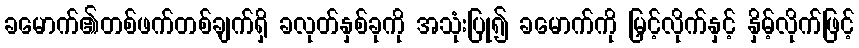
ခမောက်၏တစ်ဖက်တစ်ချက်ရှိ ခလုတ်နှစ်ခုကို အသုံးပြု၍ ခမောက်ကို မြှင့်လိုက်နှင့် နှိမ့်လိုက်ဖြင့်